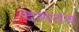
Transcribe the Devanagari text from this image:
दशवव